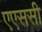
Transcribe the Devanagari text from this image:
एएससी